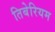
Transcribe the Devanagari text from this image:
तिबेरियम